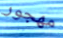
مهجور